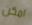
امكن